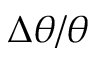
\Delta \theta / \theta